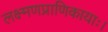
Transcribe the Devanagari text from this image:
लक्ष्मणप्राणिकायाः।